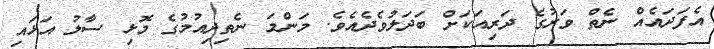
އެފަދައެއް ނެތް ވަރުގެ ދަރިއަކަށް ބަދަލުވެދެއެވެ. މަންމަ ނެތިދިއުމުގެ މޮޅި ސާލު އަޅައި